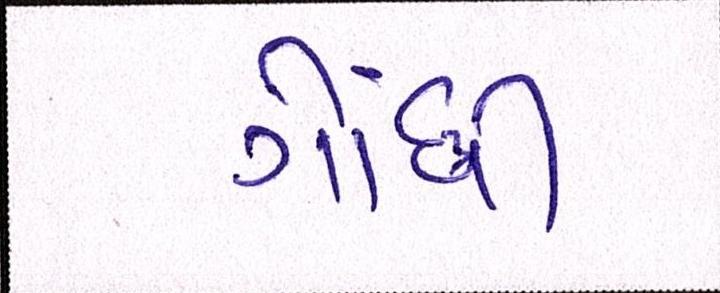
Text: ગોંધી